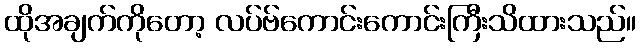
ထိုအချက်ကိုတော့ လပ်ဗ်ကောင်းကောင်းကြီးသိထားသည်။